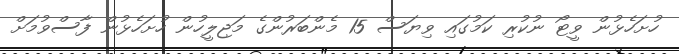
ހުށަހެޅުން ވީޓޯ ނުކުރި ކަމުގައި ވިޔަސް 15 މެންބަރުންގެ މަޖިލީހުން ހުށަހެޅުން ފާސްވުމަށް